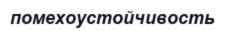
помехоустойчивость